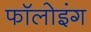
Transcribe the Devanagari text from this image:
फाॅलोइंग